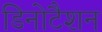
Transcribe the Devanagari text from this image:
डिनोटैशन